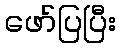
ဖော်ပြပြီး